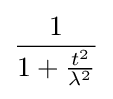
{\frac {1}{1+{\frac {t^{2}}{\lambda ^{2}}}}}